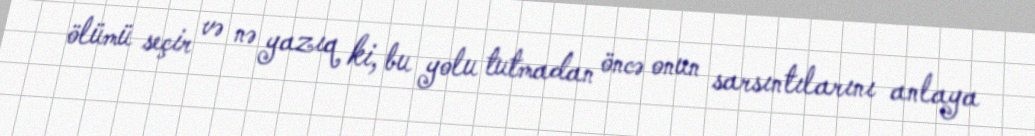
ölümü seçir və nə yazıq ki, bu yolu tutmadan öncə onun sarsıntılarını anlaya